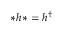
* h * = h ^ { \dagger }